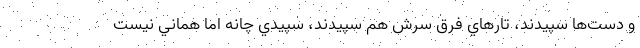
و دست‌ها سپيدند، تارهاي فرق سرش هم سپيدند، سپيدي چانه اما هماني نيست